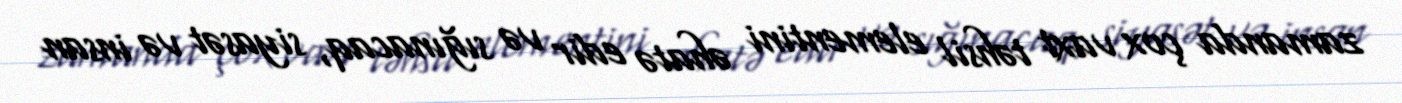
zamanda çox vaxt təhsil elementini əhatə edir və sığınacaq, siyasət və insan